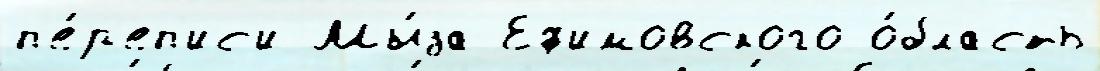
п'е́р'еп'ис'и Мы́за Еф'имовского о́бласть